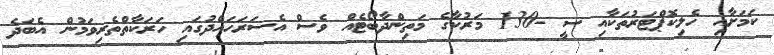
ކަމަށާއި ހެލިކޮޕްޓަރުތަކާއި ސީ -130 މަރުކާގެ މަތިންދާބޯޓެއް ވެސް އެސަރަހައްދުގައި ހަރަކާތްތެރިވަމުން އެބަދެ